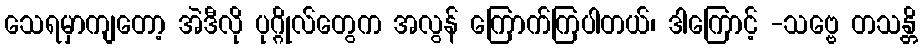
သေရမှာကျတော့ အဲဒီလို ပုဂ္ဂိုလ်တွေက အလွန် ကြောက်ကြပါတယ်၊ ဒါကြောင့် -သဗ္ဗေ တသန္တိ